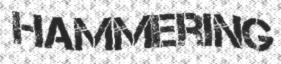
HAMMERING